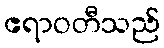
ဧရာဝတီသည်